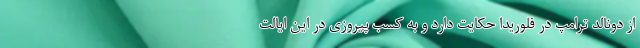
از دونالد ترامپ در فلوریدا حکایت دارد و به کسب پیروزی در این ایالت